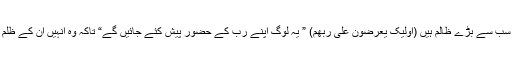
پس یہ لوگ سب سے بڑے ظالم ہیں (اولیک یعرضون علی ربھم) ” یہ لوگ اپنے رب کے حضور پیش کئے جائیں گے“ تاکہ وہ انہیں ان کے ظلم کا بدلہ دے۔